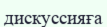
дискуссияға